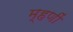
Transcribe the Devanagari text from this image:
म्हणीं